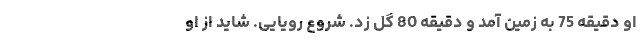
او دقیقه 75 به زمین آمد و دقیقه 80 گل زد. شروع رویایی. شاید از او